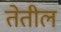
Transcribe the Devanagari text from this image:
तेतील